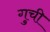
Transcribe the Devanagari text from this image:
गुची